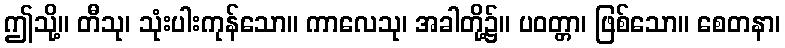
ဤသို့။ တီသု၊ သုံးပါးကုန်သော။ ကာလေသု၊ အခါတို့၌။ ပဝတ္တာ၊ ဖြစ်သော။ စေတနာ၊